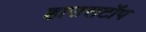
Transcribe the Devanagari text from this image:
हाउसटॉप